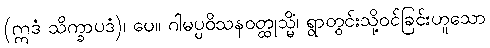
(ဣဒံ သိက္ခာပဒံ)၊ ပေ။ ဂါမပ္ပဝိသနဝတ္ထုသ္မိံ၊ ရွာတွင်းသို့ဝင်ခြင်းဟူသော